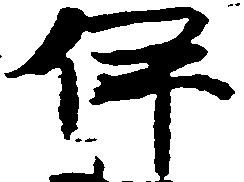
伊